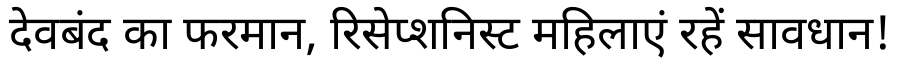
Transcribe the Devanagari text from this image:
देवबंद का फरमान, रिसेप्शनिस्ट महिलाएं रहें सावधान!